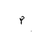
Letter: _mim